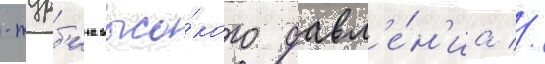
-турб'ина высо́кого давл'е́н'иа //